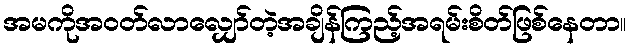
အမကိုအဝတ်လာလျှော်တဲ့အချိန်ကြည့်အရမ်းစိတ်ဖြစ်နေတာ။